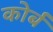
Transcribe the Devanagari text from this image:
कोर्ब